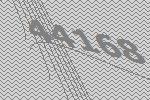
44168